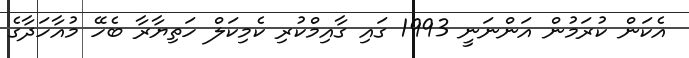
އެކަން ކުރަމުން އަންނަނީ 1993 ގައި ގާއިމްކުރި ކެމިކަލް ހަތިޔާރާ ބެހޭ މުއާހަދާގެ